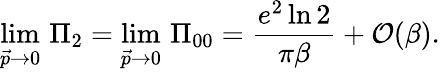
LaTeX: \operatorname*{lim}_{\vec{p}\rightarrow 0}\, \Pi_{2}=\operatorname*{lim}_{\vec{p}\rightarrow 0}\, \Pi_{00}={\frac{e^{2}\ln 2}{\pi\beta}}+{\cal O}(\beta).